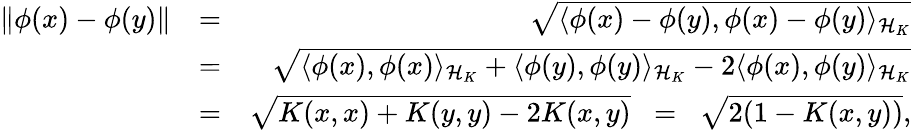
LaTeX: \begin{array}{rlr}{\| \phi(x)-\phi(y)\| }&{=}&{\sqrt{\langle\phi(x)-\phi(y),\phi(x)-\phi(y)\rangle_{{\cal H}_{K}}}}\\ &{=}&{\sqrt{\langle\phi(x),\phi(x)\rangle_{{\cal H}_{K}}+\langle\phi(y),\phi(y)\rangle_{{\cal H}_{K}}-2\langle\phi(x),\phi(y)\rangle_{{\cal H}_{K}}}}\\ &{=}&{\sqrt{K(x,x)+K(y,y)-2K(x,y)}\; \; =\; \; \sqrt{2(1-K(x,y))},}\end{array}